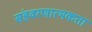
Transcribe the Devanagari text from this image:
संहवरणात्मकता